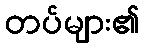
တပ်များ၏